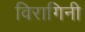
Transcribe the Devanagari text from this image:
विरागिनी